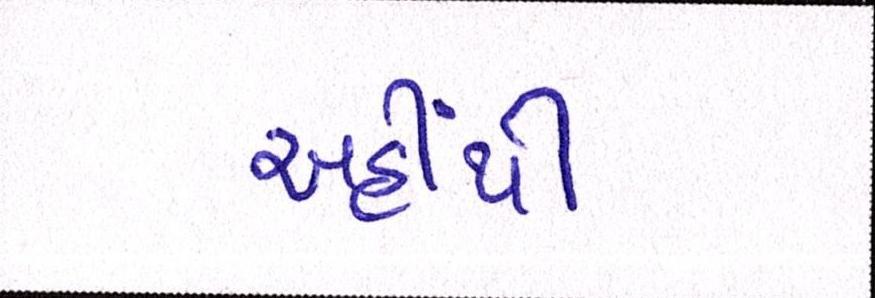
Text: અહીંથી